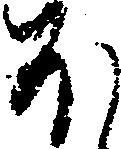
ほ